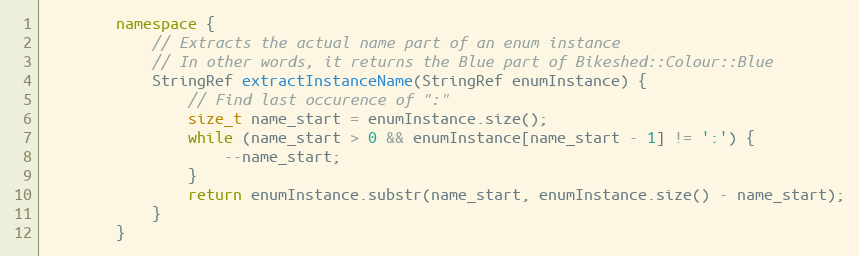
Language: C++
        namespace {
            // Extracts the actual name part of an enum instance
            // In other words, it returns the Blue part of Bikeshed::Colour::Blue
            StringRef extractInstanceName(StringRef enumInstance) {
                // Find last occurence of ":"
                size_t name_start = enumInstance.size();
                while (name_start > 0 && enumInstance[name_start - 1] != ':') {
                    --name_start;
                }
                return enumInstance.substr(name_start, enumInstance.size() - name_start);
            }
        }